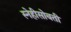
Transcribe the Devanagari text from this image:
स्नेहीसोबती